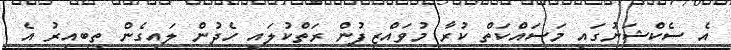
އެ ސެކްޝަނުގައި މަސައްކަތް ކުރާ މުވައްޒިފުން ރަތްކުލައި ހެދުން ލައިގެން ތިބިއިރު އެ